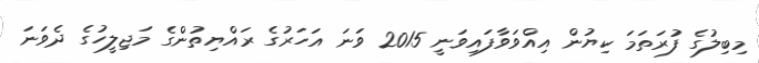
މިބިލުގެ ފުރަތަމަ ކިޔުން އިއްވަވާފައިވަނީ 2015 ވަނަ އަހަރުގެ ރައްޔިތުންގެ މަޖިލީހުގެ ދެވަނަ